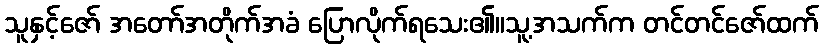
သူနှင့်ဇော် အတော်အတိုက်အခံ ပြောလိုက်ရသေး၏။သူ့အသက်က တင်တင်ဇော်ထက်